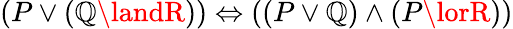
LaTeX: (P\lor(\mathbb{Q}\landR))\Leftrightarrow((P\lor\mathbb{Q})\land(P\lorR))